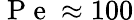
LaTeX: \mathrm{~P~e~}\approx 100